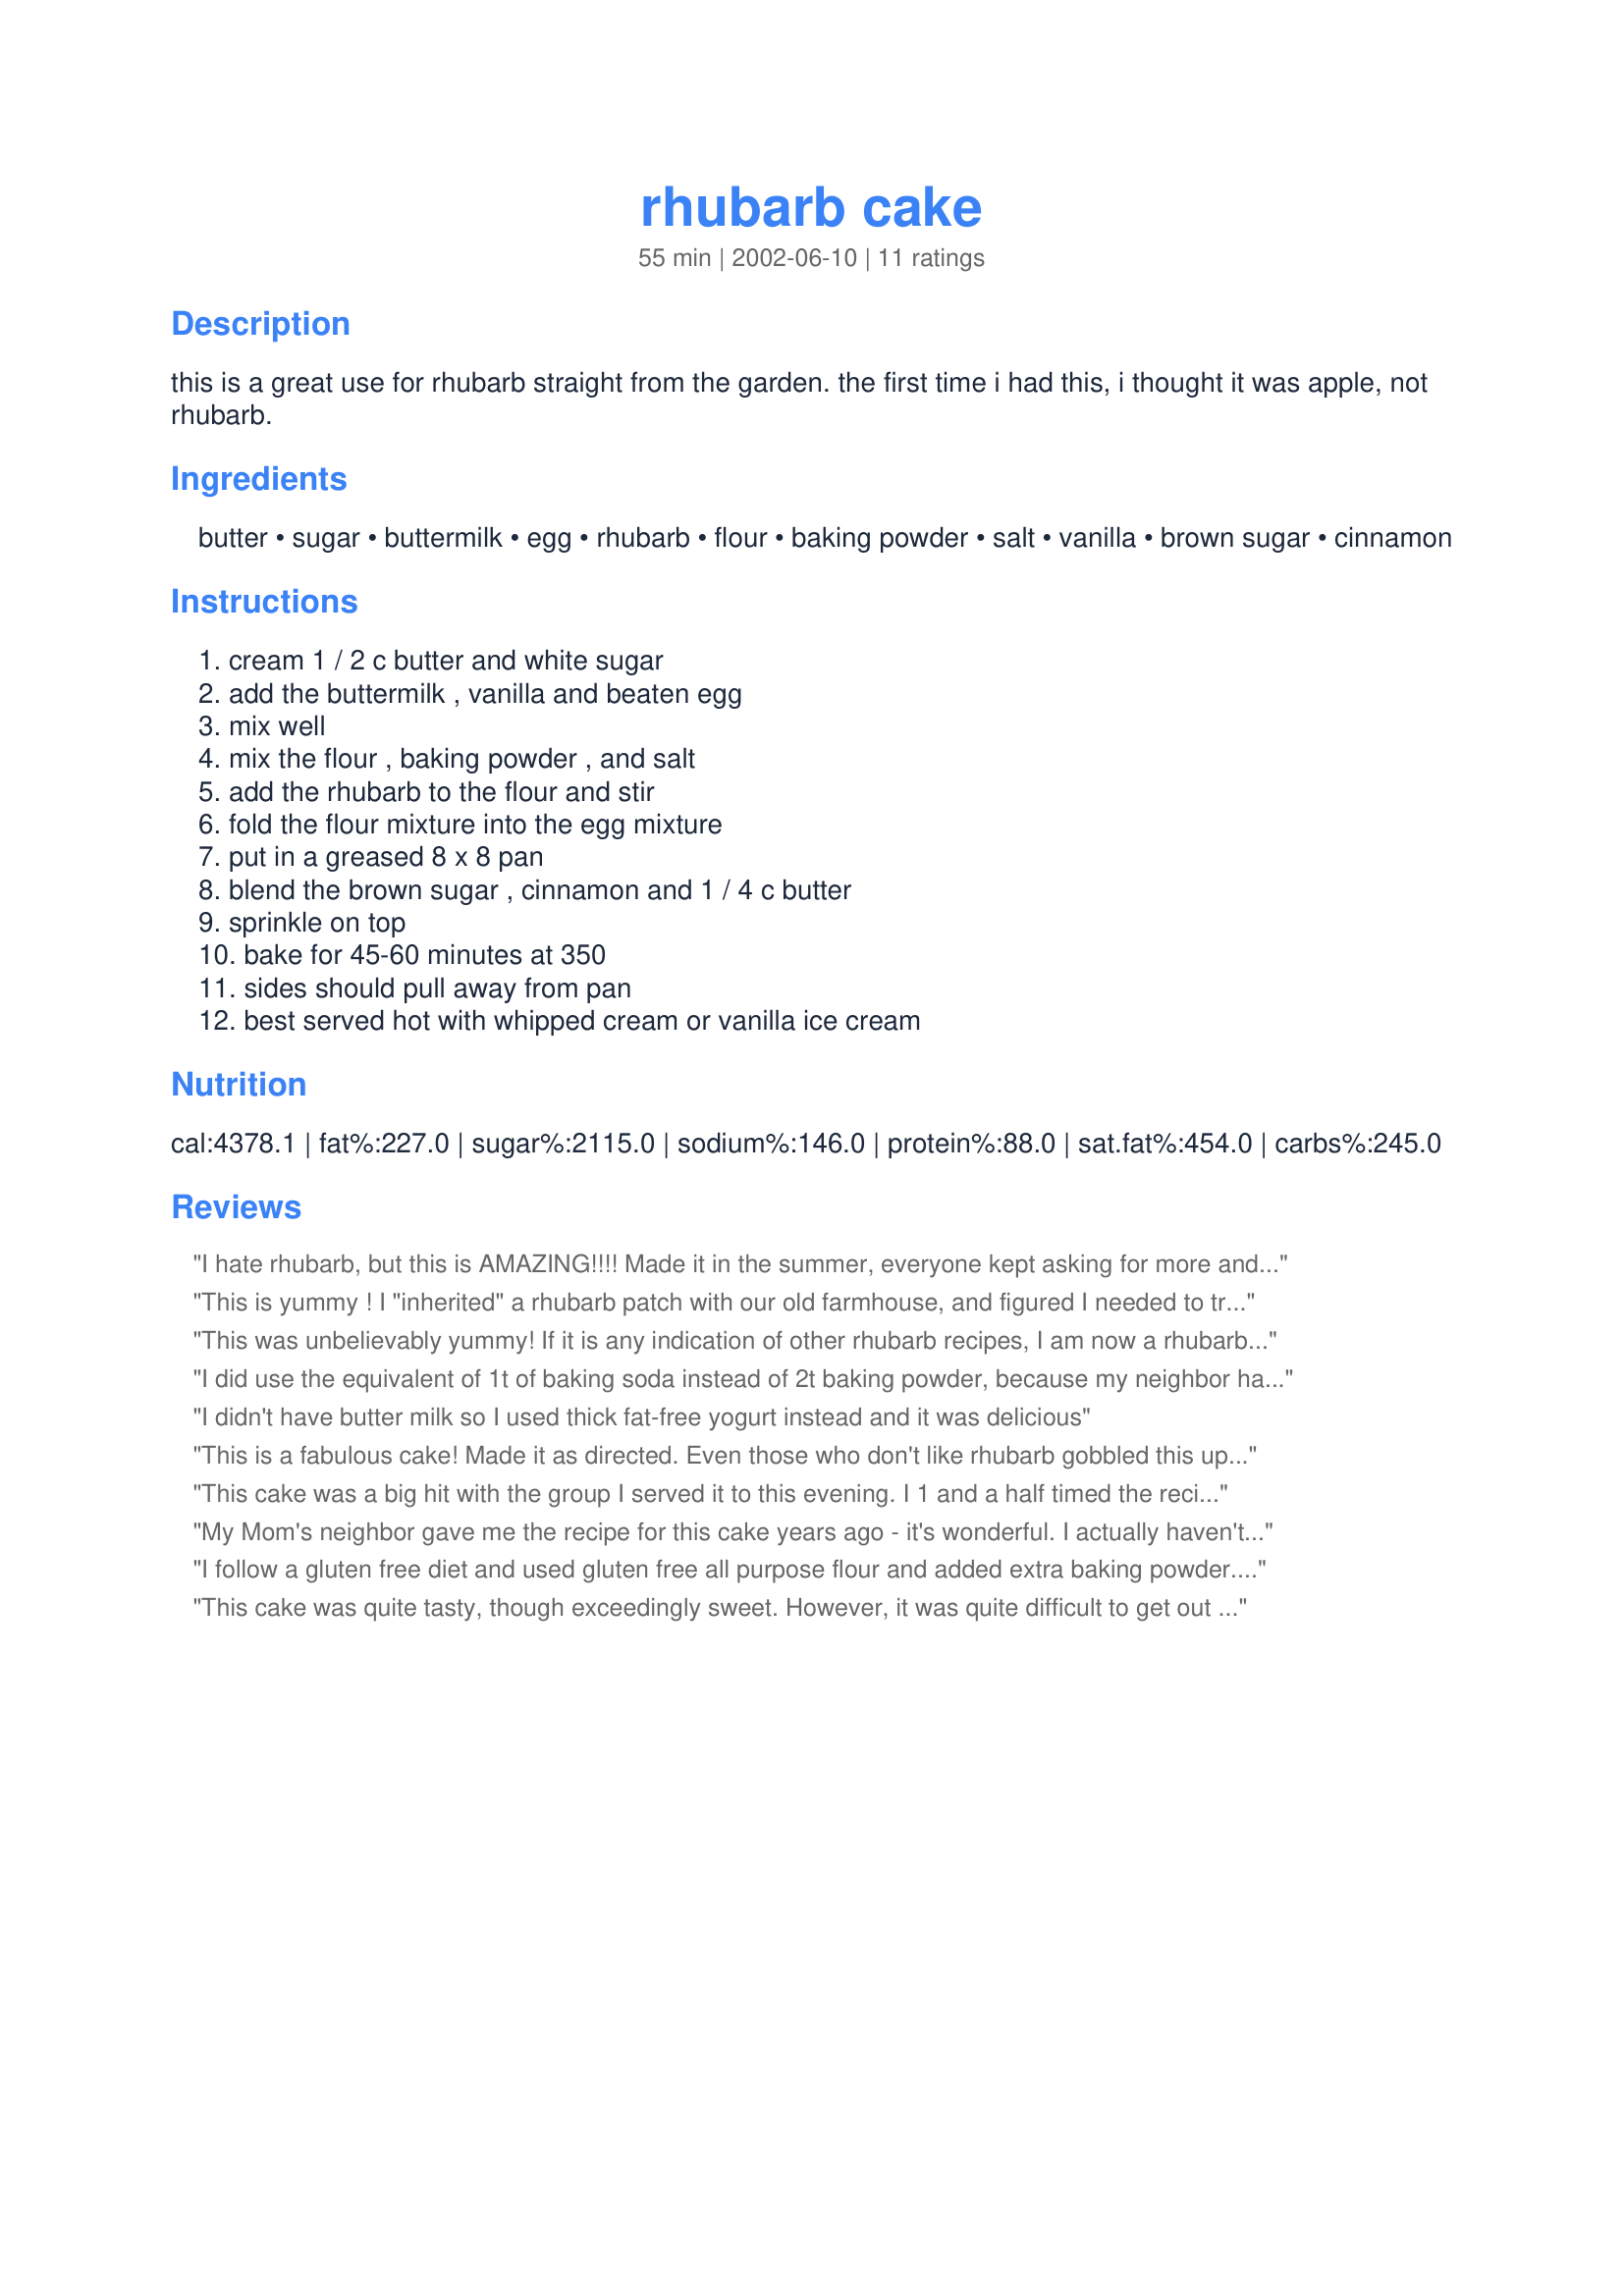
rhubarb cake
Preparation time: 55 minutes

this is a great use for rhubarb straight from the garden. the first time i had this, i thought it was apple, not rhubarb.

Ingredients:
butter, sugar, buttermilk, egg, rhubarb, flour, baking powder, salt, vanilla, brown sugar, cinnamon

Steps:
cream 1 / 2 c butter and white sugar, add the buttermilk , vanilla and beaten egg, mix well, mix the flour , baking powder , and salt, add the rhubarb to the flour and stir, fold the flour mixture into the egg mixture, put in a greased 8 x 8 pan, blend the brown sugar , cinnamon and 1 / 4 c butter, sprinkle on top, bake for 45-60 minutes at 350, sides should pull away from pan, best served hot with whipped cream or vanilla ice cream

Reviews:
I hate rhubarb, but this is AMAZING!!!! Made it in the summer, everyone kept asking for more and silly me forgot to save the recipe....but here it is!!! This is the best, even the batter smells delicious! Thank-you,thank-you!!!!
This is yummy ! I "inherited" a rhubarb patch with our old farmhouse, and figured I needed to try something with it. My hubby doesn't eat desserts, so I was looking for a smaller cake. This one is terrific - easy to make, tastes fantastic, and just the right size. I used the buttermilk powder for mine- worked perfectly.
This was unbelievably yummy! If it is any indication of other rhubarb recipes, I am now a rhubarb lover! I made this with fresh farmer's market rhubarb for a book club meeting and it was thoroughly enjoyed. DH had several pieces of the leftovers before bed, then polished it off for breakfast LOL. I reduced the sugar in the topping a bit, used half whole wheat flour, and used Smart Balance Omega spread for the butter. Delicious! Thanks so much for posting. Made for Zaar Cookbook Tag.
I did use the equivalent of 1t of baking soda instead of 2t baking powder, because my neighbor has a similar recipe, But other than that, this was an awesome cake! I found fresh rhubarb at a farmer's market, and since I had plenty, I doubled this recipe, & baked it in a 9x13" pan. None spilled over the sides, although the topping did puff up. It had cooled and we enjoyed it with coffee (decaf) as a bedtime snack, but I think we'll nuke some and serve it with ice cream for tonight's late evening indulgence. Thanks for a great recipe!
I didn't have butter milk so I used thick fat-free yogurt instead and it was delicious
This is a fabulous cake! Made it as directed. Even those who don't like rhubarb gobbled this up! Looks impressive too! An absolute keeper!
This cake was a big hit with the group I served it to this evening. I 1 and a half timed the recipe and baked it in a 9X13 pan. Worked well. I know you can't use 1 1/2 eggs--just used two.
My Mom's neighbor gave me the recipe for this cake years ago - it's wonderful. I actually haven't made it myself, but have eaten it many times.
I follow a gluten free diet and used gluten free all purpose flour and added extra baking powder. I didn't have buttermilk so I used milk+lemon juice. This cake turned out to be cross between a crumble and a cake. It was scrumptious, sweet with the slight tart of the rhubarb. Very Yummy.
This cake was quite tasty, though exceedingly sweet. However, it was quite difficult to get out of the pan as it stuck to the bottom, and for this reason I won't be making it again.
This Cake Was Quick And Easy
As Pixie Said My Kids Thought It Was Apple 
Everyone Told Me This Was A Make Again Cake
